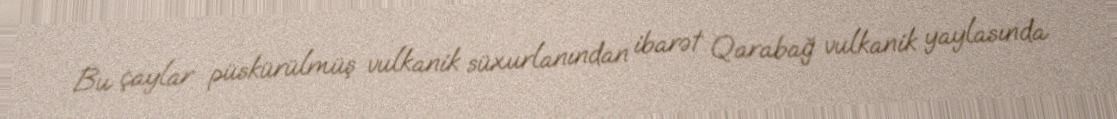
Bu çaylar püskürülmüş vulkanik süxurlanından ibarət Qarabağ vulkanik yaylasında